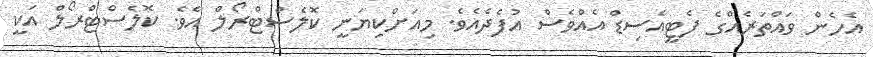
އެހެން ވައްތަރެއްގެ ފެޓީއެސިޑް އެއްވެސް އުފެދެއެވެ. މިއަށްކިޔަނީ ކޮލެސްޓްރޯލް އެވެ. ކޮލެސްޓްރޯލް އަކީ